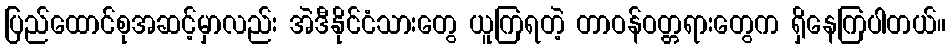
ပြည်ထောင်စုအဆင့်မှာလည်း အဲဒီနိုင်ငံသားတွေ ယူကြရတဲ့ တာဝန်ဝတ္တရားတွေက ရှိနေကြပါတယ်။